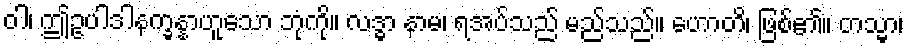
ဝါ၊ ဤဥပါဒါနက္ခန္နာဟူသော ဘုံကို။ လဒ္ဓာ နာမ၊ ရအပ်သည် မည်သည်။ ဟောတိ၊ ဖြစ်၏။ တသ္မာ၊